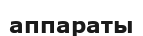
аппараты